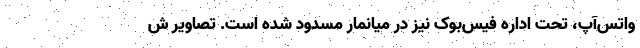
واتس‌آپ، تحت اداره فیس‌بوک نیز در میانمار مسدود شده است. تصاویر ش